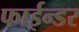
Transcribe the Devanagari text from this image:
फाईन्डर